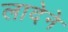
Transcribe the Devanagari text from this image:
लादेने